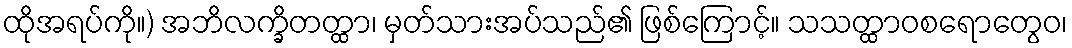
ထိုအရပ်ကို။) အဘိလက္ခိတတ္ထာ၊ မှတ်သားအပ်သည်၏ ဖြစ်ကြောင့်။ သသတ္ထာဝစရောတွေဝ၊